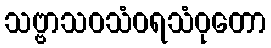
သဗ္ဗာသဝသံဝရသံဝုတော